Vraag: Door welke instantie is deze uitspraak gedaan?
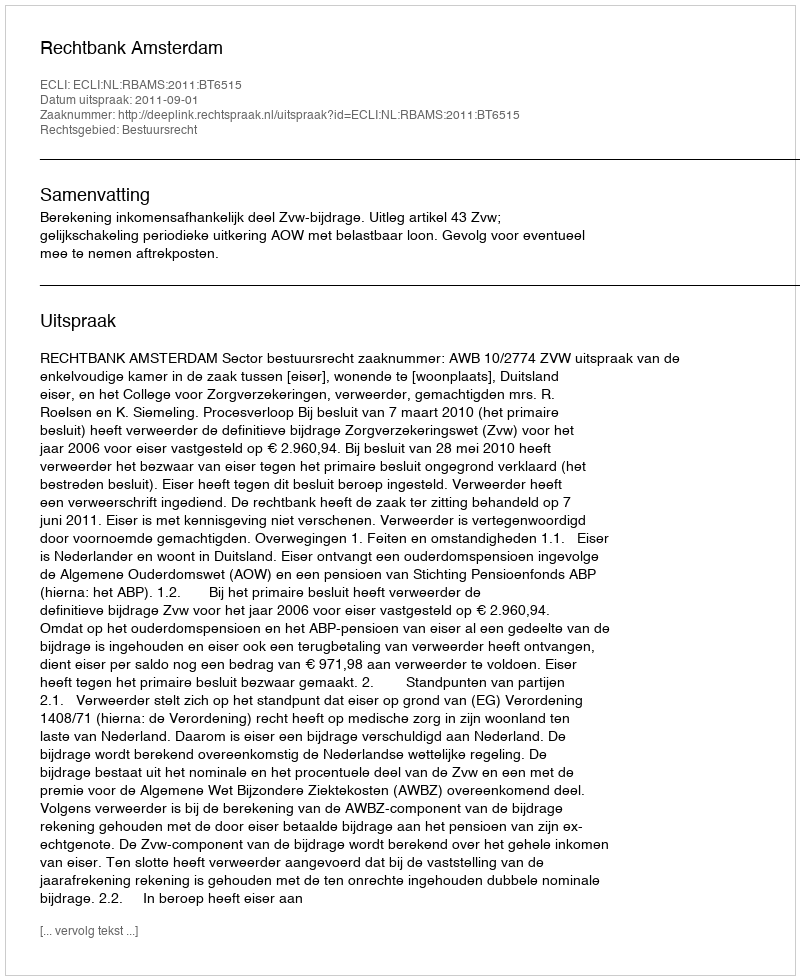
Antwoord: Rechtbank Amsterdam